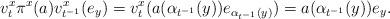
LaTeX: \begin{gather*}v_t^x\pi^x(a)v_{t^{-1}}^x(e_y)=v_t^x(a(\alpha_{t^{-1}}(y))e_{\alpha_{t^{-1}}(y)})=a(\alpha_{t^{-1}}(y))e_{y}.\end{gather*}